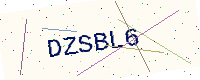
Text: DZSBL6